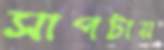
সাপটায়